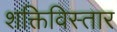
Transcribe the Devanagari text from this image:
शक्तिविस्तार